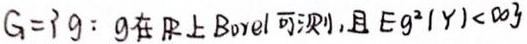
$G = \{ g: g  $在  \mathbb{R}  上 Borel 可测, 且$  E g^{2}(Y) < \infty \}$